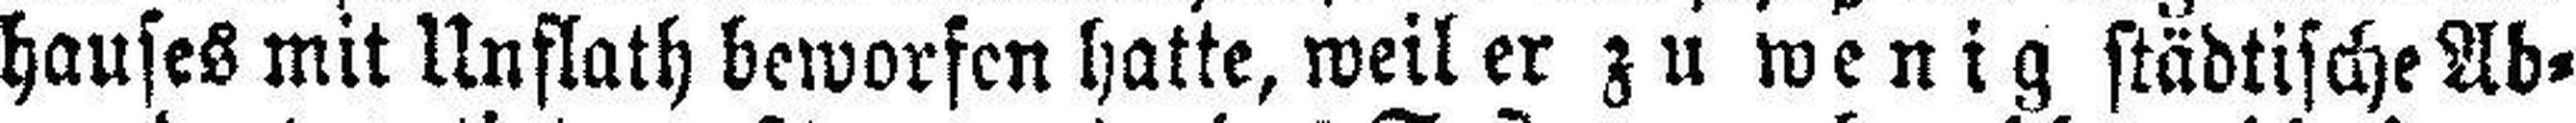
hauses mit Unflath beworfen hatte, weil er zu wenig städtische Ab¬